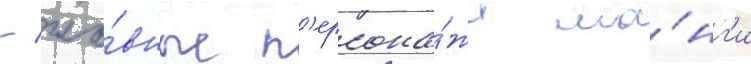
/ гла́вные п'ерсона́жи ма́нг'и